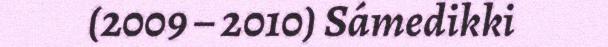
(2009 – 2010) Sámedikki